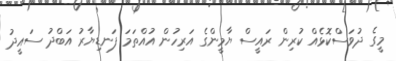
މީގެ ދުވަސްކޮޅެއް ކުރިން ރައީސް ޔާމީންގެ އަރިހުން އުއްތަމަ ފަނޑިޔާރު އަބްދު ސައީދު